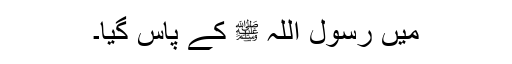
میں رسول اللہ ﷺ کے پاس گیا۔